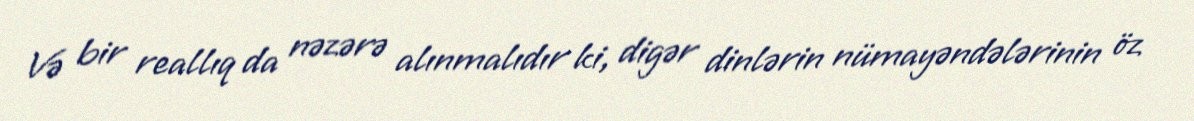
Və bir reallıq da nəzərə alınmalıdır ki, digər dinlərin nümayəndələrinin öz